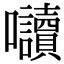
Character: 𭍏